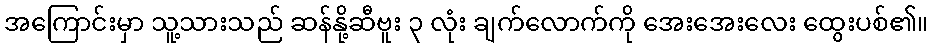
အကြောင်းမှာ သူ့သားသည် ဆန်နို့ဆီဗူး ၃ လုံး ချက်လောက်ကို အေးအေးလေး ထွေးပစ်၏။